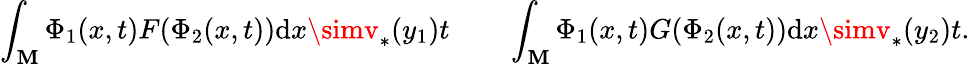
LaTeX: \int_{\mathbf{M}}\Phi_{1}(x,t)F(\Phi_{2}(x,t))\mathrm{{d}}x\simv_{*}(y_{1})t\qquad\int_{\mathbf{M}}\Phi_{1}(x,t)G(\Phi_{2}(x,t))\mathrm{{d}}x\simv_{*}(y_{2})t.